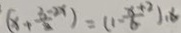
( x + \frac { 8 - 2 x } { 2 } ) = ( 1 - \frac { x + 2 } { 6 } ) 1 8